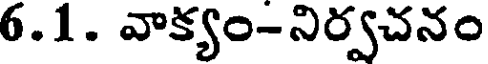
6.1. వాక్యం-నిర్వచనం